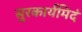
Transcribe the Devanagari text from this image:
सुरकार्यमिदं